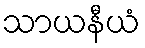
သာယနီယံ